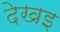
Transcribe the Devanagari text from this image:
देखइ